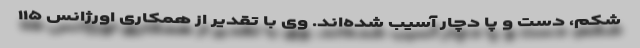
شکم، دست و پا دچار آسیب شده‌اند. وی با تقدیر از همکاری اورژانس ۱۱۵